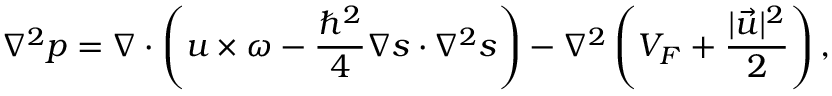
\nabla ^ { 2 } p = \boldsymbol { \nabla } \cdot \left( \boldsymbol { u } \times \boldsymbol { \omega } - \frac { \hbar ^ { 2 } } { 4 } \boldsymbol { \nabla } \boldsymbol { s } \cdot \nabla ^ { 2 } \boldsymbol { s } \right) - \nabla ^ { 2 } \left( V _ { F } + \frac { | \vec { u } | ^ { 2 } } { 2 } \right) ,